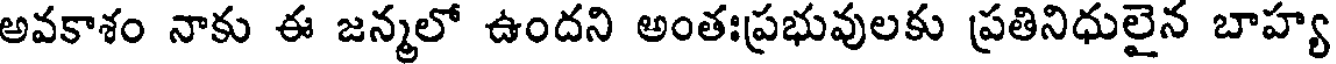
అవకాశం నాకు ఈ జన్మలో ఉందని అంతఃప్రభువులకు ప్రతినిధులైన బాహ్య